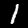
Digit: 1